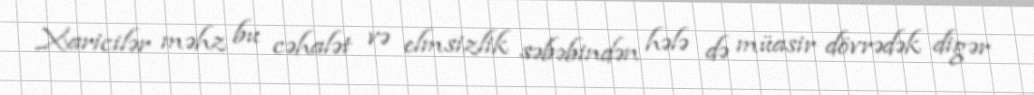
Xaricilər məhz bu cəhalət və elmsizlik səbəbindən hələ də müasir dövrədək digər